Report of the veterinary officer investigating camel disease
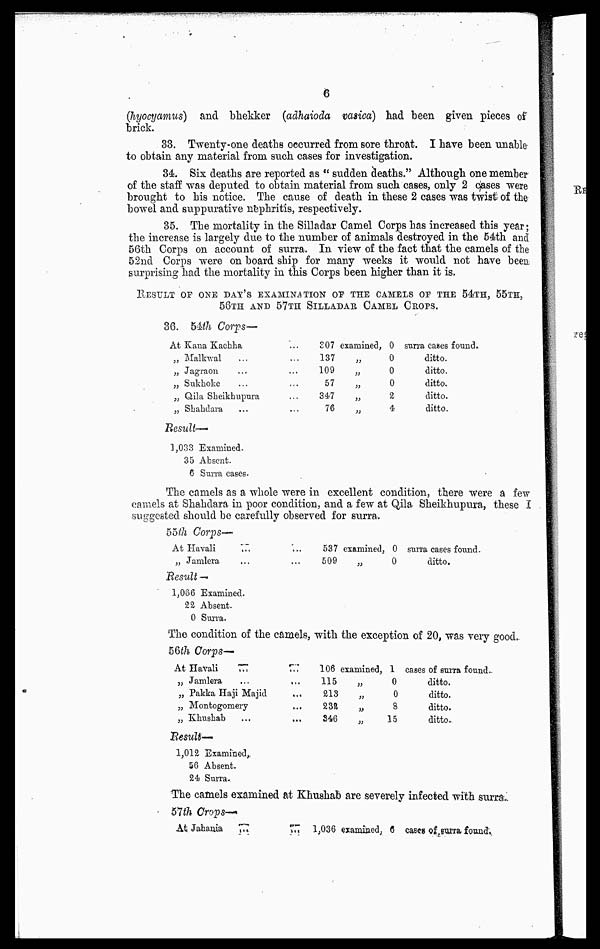
6
(hyocyamus) and bhekker (adhaioda vasica) had been given pieces of
brick.
33. Twenty-one deaths occurred from sore throat. I have been unable
to obtain any material from such cases for investigation.
34. Six deaths are reported as " sudden deaths." Although one member
of the staff was deputed to obtain material from such cases, only 2 cases were
brought to his notice. The cause of death in these 2 cases was twist of the
bowel and suppurative nephritis, respectively.
35. The mortality in the Silladar Camel Corps has increased this year;
the increase is largely due to the number of animals destroyed in the 54th and
56th Corps on account of surra. In view of the fact that the camels of the
52nd Corps were on board ship for many weeks it would not have been,
surprising had the mortality in this Corps been higher than it is.
RESULT OF ONE DAY'S EXAMINATION OF THE CAMELS OF THE 54TH, 55TH,
56TH AND 57TH SILADAR CAMELS CROPS.
36. 54th Corvs—
At Kana Kachha
„ Malkwal
„ Jagraon
„ Sukhoke
„ Qila Skeikhupura
„ Shahdara
307
137
109
57
347
76
examined,
„
„
„
„
„
0
0
0
0
2
4
surra cases found.
ditto.
ditto.
ditto.
ditto.
ditto.
Result—-
1,033 Examined.
35 Absent.
6 Surra cases.
The camels as a whole were in excellent condition, there were a few
camels at Shahdara in poor condition, and a few at Qila Sheikhupura, these I
suggested should be carefully observed for surra.
55th Corps—
At Havali
....
„ Jamlera
537 examined,
509
„
0
0
surra cases found.
ditto.
Result —
1,086 Examined.
22 Absent.
0 Surra.
The condition of the camels, with the exception of 20, was very good,.
56th& Corvs-
At Havali
...
...
„ Jamlera
„.
...
„ Pakka Haji Majid
„ Montogomery
„ Khushab
106
115
213
232
346
examined,
„
„
„
„
1
0
0
8
15
cases of surra found.
ditto.
ditto.
ditto.
ditto.
Result—
1,012 Examined,
56 Absent.
24 Surra..
The camels examined at Khushab are severely infected with surra..
57th Crops-"
At Jahania
...
...
1,036 examined, 6 cases of surra found.